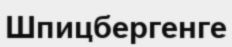
Шпицбергенге